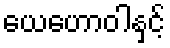
ယေဟောဝါနှင့်